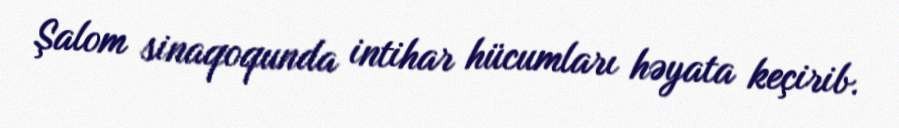
Şalom sinaqoqunda intihar hücumları həyata keçirib.